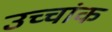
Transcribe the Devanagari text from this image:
उच्‍चांक